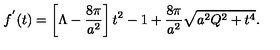
f ^ { ' } ( t ) = \left[ \Lambda - \frac { 8 \pi } { a ^ { 2 } } \right] t ^ { 2 } - 1 + \frac { 8 \pi } { a ^ { 2 } } \sqrt { a ^ { 2 } Q ^ { 2 } + t ^ { 4 } } .